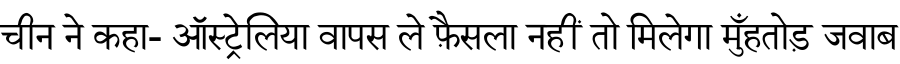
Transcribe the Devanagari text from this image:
चीन ने कहा- ऑस्ट्रेलिया वापस ले फ़ैसला नहीं तो मिलेगा मुँहतोड़ जवाब